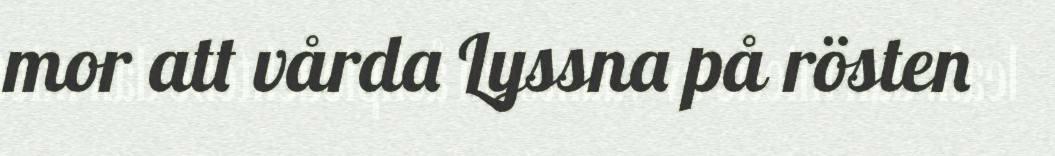
mor att vårda Lyssna på rösten